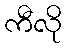
ကီလို